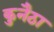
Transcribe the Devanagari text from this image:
कुनैठा